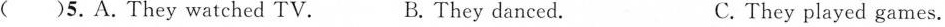
( )5.A.They watched TV. B.They danced. C.They played games.